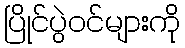
ပြိုင်ပွဲဝင်များကို